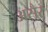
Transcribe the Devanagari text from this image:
असैर